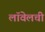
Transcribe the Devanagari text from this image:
लॉवेलची